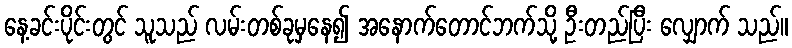
နေ့ခင်းပိုင်းတွင် သူသည် လမ်းတစ်ခုမှနေ၍ အနောက်တောင်ဘက်သို့ ဦးတည်ပြီး လျှောက် သည်။